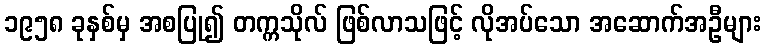
၁၉၅၈ ခုနှစ်မှ အစပြု၍ တက္ကသိုလ် ဖြစ်လာသဖြင့် လိုအပ်သော အဆောက်အဦများ